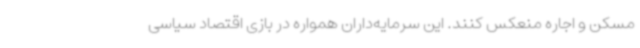
مسکن و اجاره منعکس کنند. این سرمایه‌داران همواره در بازی اقتصاد سیاسی